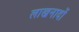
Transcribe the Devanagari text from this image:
लाखनादों